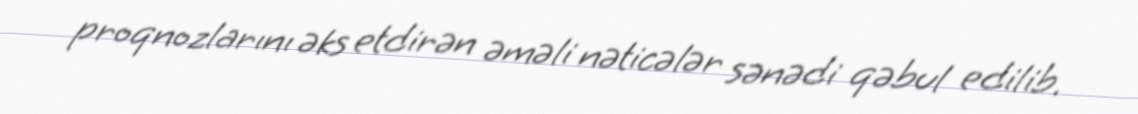
proqnozlarını əks etdirən əməli nəticələr sənədi qəbul edilib.